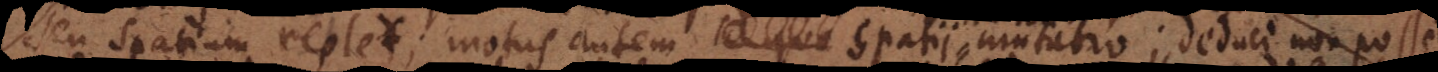
seu spatium replet; motus autem spatii mutatio; deduci non posse,